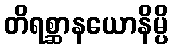
တိရစ္ဆာနယောနိမ္ပိ